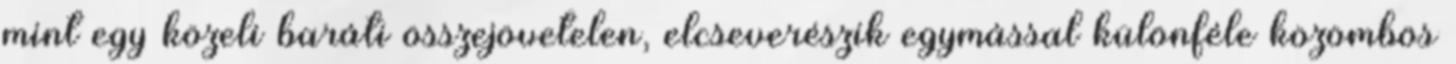
mint egy közeli baráti összejövetelen, elcseverészik egymással különféle közömbös